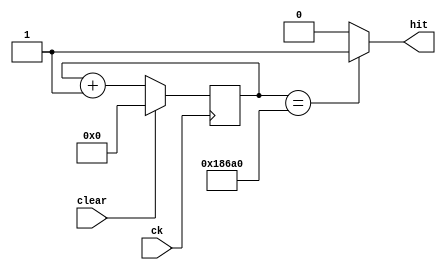
`timescale 1ns/1ps

module count_ms(
    input ck,
    input clear,
    output hit
    );
    parameter [16:0] MAX_COUNT = 17'd100_000;
    reg [16:0] count, count_next;
    always @(posedge ck) begin
        count <= count_next;
    end

    always @(count, clear) begin
        if (clear) count_next = 0;
        else count_next = count + 1;
    end

    assign hit = (count == MAX_COUNT) ? 1 : 0;

endmodule

module debounce(
    input ck, reset,
    input button,
    output reg button_deb
    );

    reg clear;
    wire hit;
    count_ms u0(ck, clear, hit);

    parameter [2:0]
        IDLE = 0,
        PUSH = 1,
        WAIT1 = 2,
        STILL_PUSHING = 3,
        NOT_PUSH = 4,
        WAIT0 = 5;
    reg [2:0] state, state_next;

    always @(posedge ck, posedge reset) begin
        if (reset) state <= IDLE;
        else state <= state_next;
    end

    always @(state, button, hit) begin
        case (state)
            IDLE: begin
                if (button) state_next = PUSH;
                else state_next = IDLE;
            end
            PUSH: begin
                state_next = WAIT1;
            end
            WAIT1: begin
                if (hit) state_next = STILL_PUSHING;
                else state_next = WAIT1;
            end
            STILL_PUSHING: begin
                if (!button) state_next = NOT_PUSH;
                else state_next = STILL_PUSHING;
            end
            NOT_PUSH: begin
                state_next = WAIT0;
            end
            WAIT0: begin
                if (hit) state_next = IDLE;
                else state_next = WAIT0;
            end
        endcase
    end

    always @(state) begin
        clear = 1'bx;
        button_deb = 1'b0;
        case (state)
            PUSH: begin
                button_deb = 1;
                clear = 1;
            end
            WAIT1: begin
                clear = 0;
            end
            NOT_PUSH: begin
                clear = 1;
            end
            WAIT0: begin
                clear = 0;
            end
        endcase
    end

endmodule